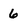
Character: 6